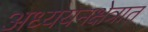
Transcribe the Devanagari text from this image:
अध्ययनक्षेत्रात